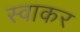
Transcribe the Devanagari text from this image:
स्वाकर